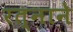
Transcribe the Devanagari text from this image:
रत्नाने